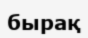
бырақ